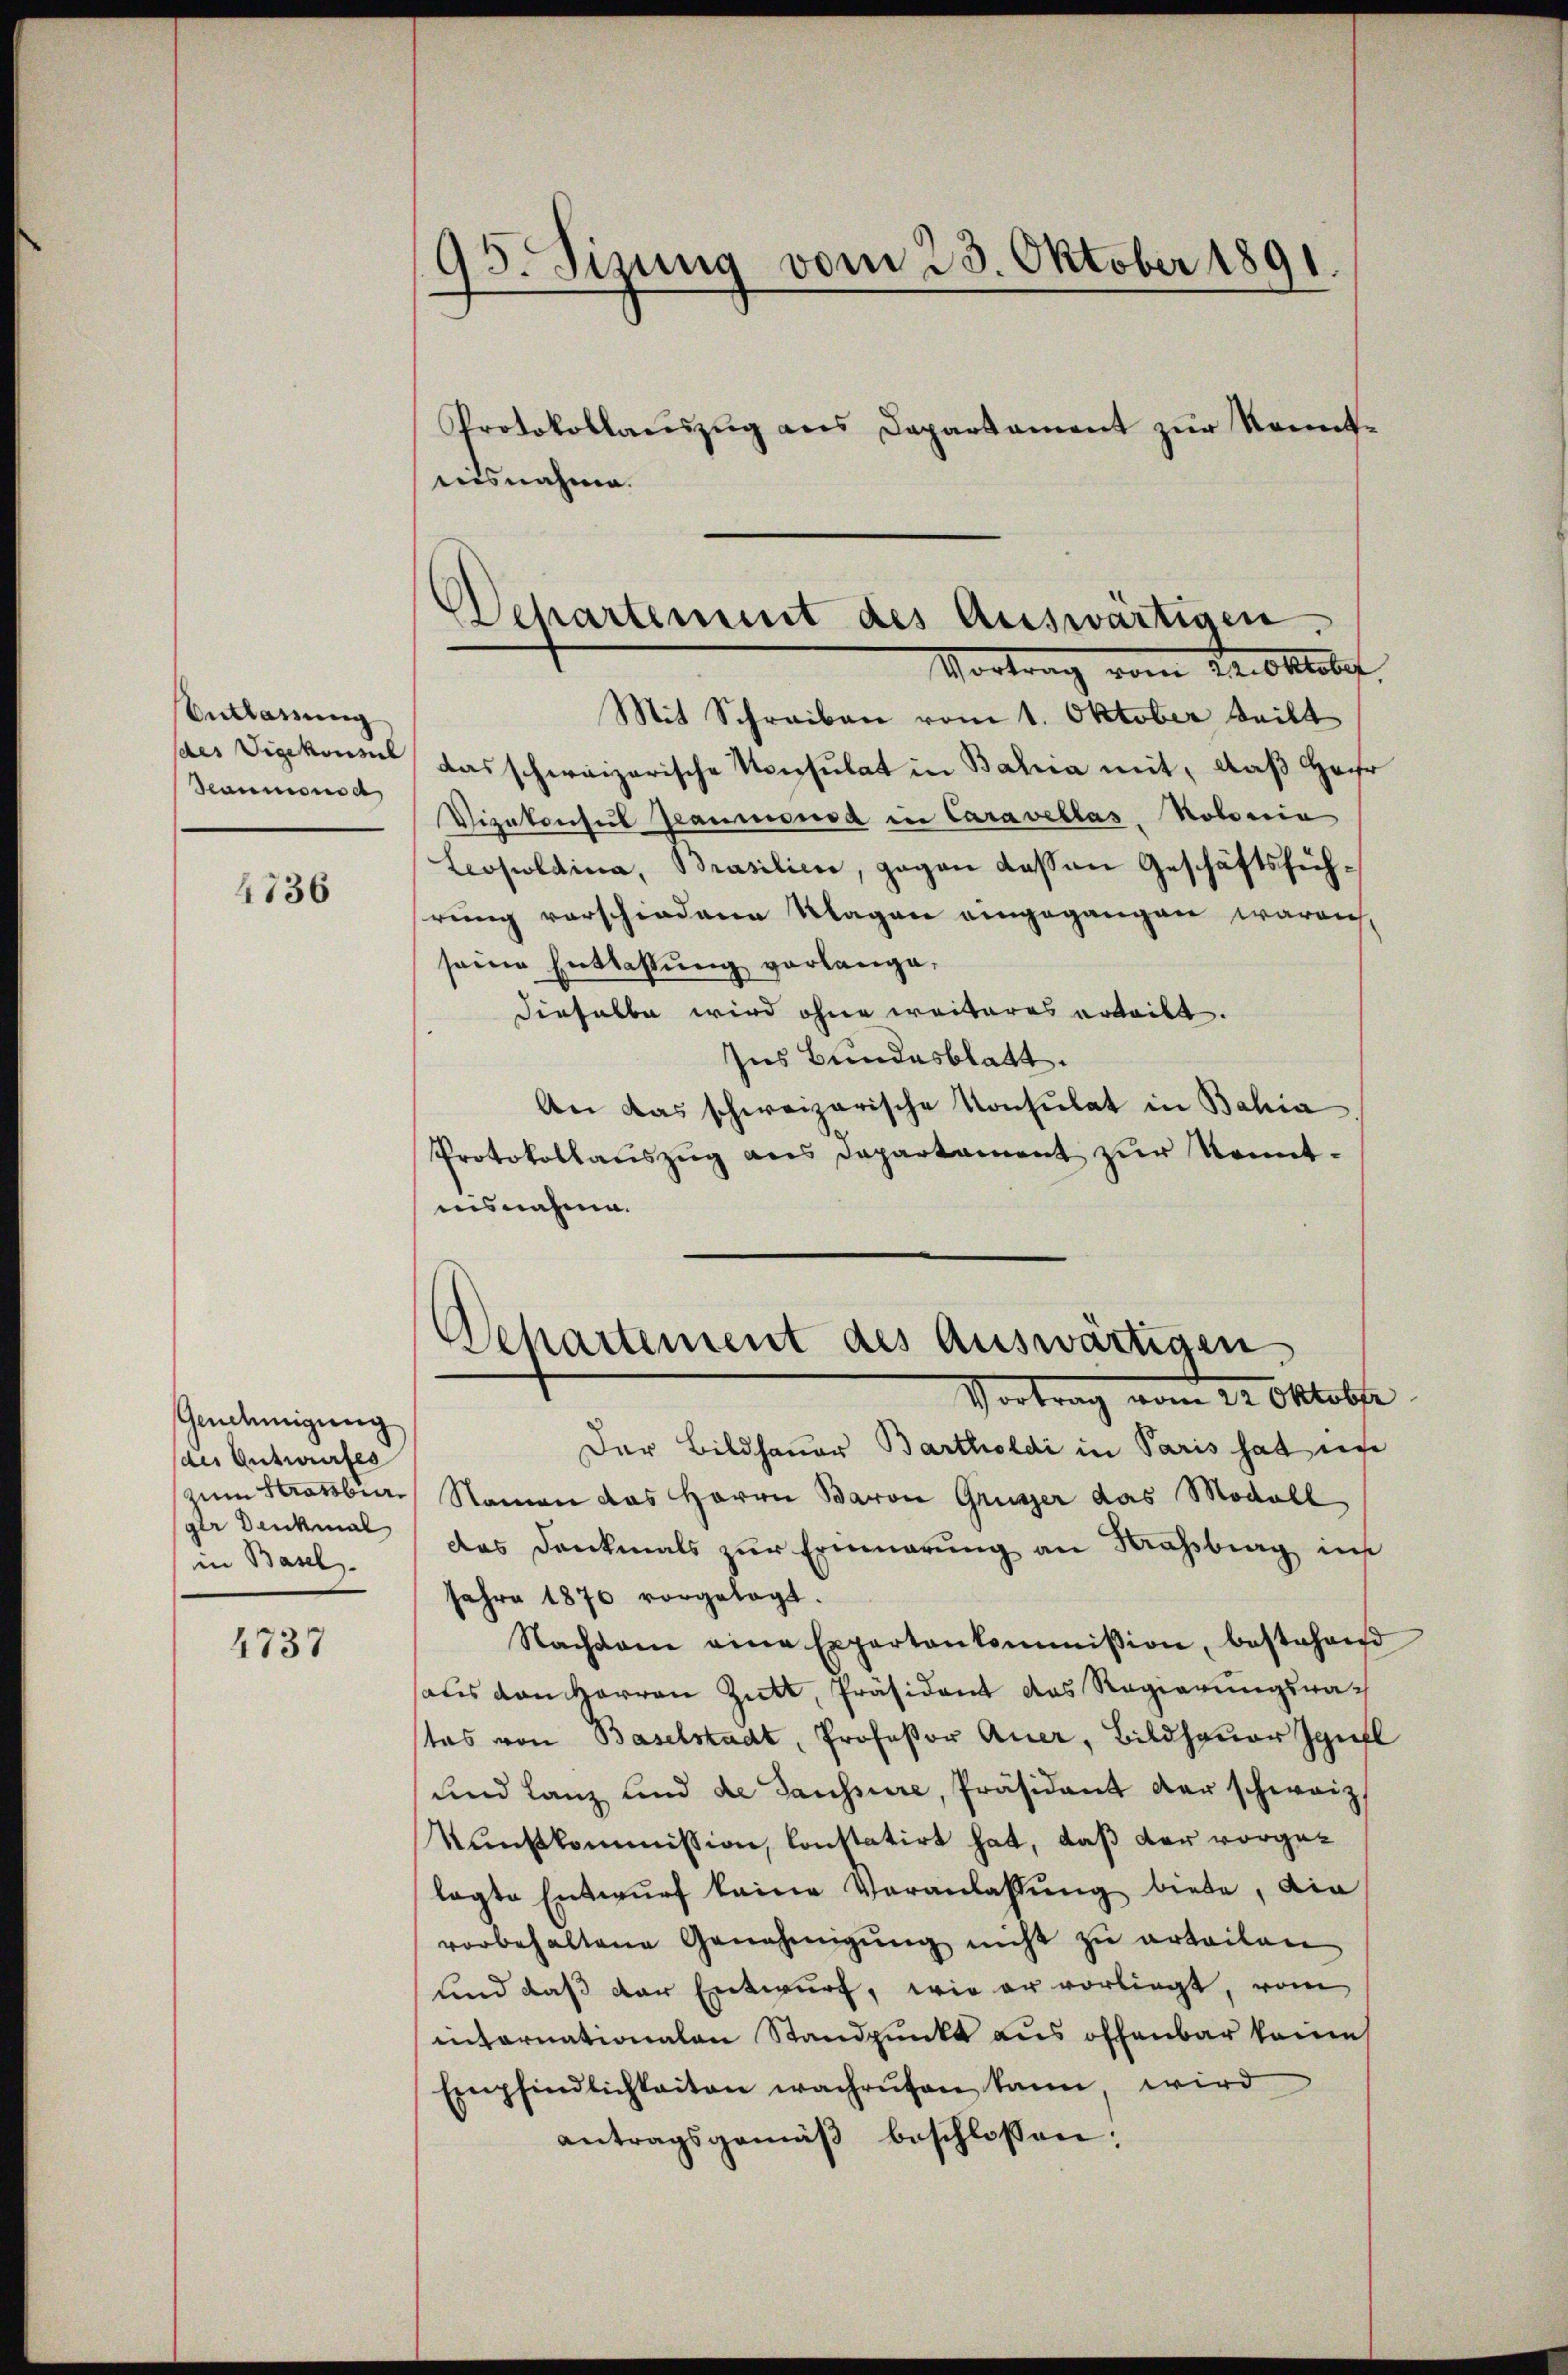
Entlassung
des Vigekonsul
Hammens d

4736

Genehmigung
(der Entwurfes
zum Strassburger Denkmal
in Basel.

4737

95. Sizung vom 23. Oktober 1891.
Protokollauszug aus Dapartament zur Kenntaisnahme.

das schweizerische Vorsulat in Bahia mit, daß Hochr
Vizekonsul Jammensa in Caravellas Kolonia
Leopoldina, Brasilien, gegen dassen Geschäftsführung vorschiedene Klagen eingegangen waren,
seine Entlassung vorlange,
dieselbe wird ohne weiteres erteilt.
Ins Bundesblatt.
An das schweizerische Konsulat in Bahia
Protokollaŭszŭg ans Departament zŭr Kennt-
insnahme.

Departement des Auswärtigen
Vortrag vom Dr. Oktober
Mit Schreiben vom 1. Oktober teilt

Departement des Auswärtigen
Vortrag vom 24. Oktober

Der Bildhauer Bartholdi in Paris hat in
Namen das Herrn Baron Grüsser das Modall
das Denkmals zur Erinnerung an Krassburg im
Jahre 1876 vorgelegt.
Nachsam eine Expertenkommission, bestehend
aus den Herren Zukt, Präsident das Regierungsratas von Baselstadt, Professor Auer, Bildhaŭer Infl
und Lanz und de Saussure, Präsident der schweiz.
Kunstkommission, constatirt hat, daß der vorgelagte Entwŭrf keine Veranlassŭng biete, die
vorbehaltene Genehmigŭng nicht zŭ erteilen
und daß der Entwurf, wie er vorliegt, vom
internationalen Standpunkt aus offenbar kannt
Empfindlichkeiten wachrufen kann wird
antragsgemäβ beschlossen: